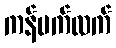
ကန်ပက်လက်